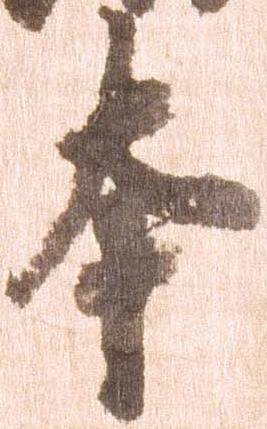
本